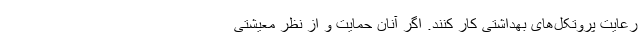
رعایت پروتکل‌های بهداشتی کار کنند. اگر آنان حمایت و از نظر معیشتی